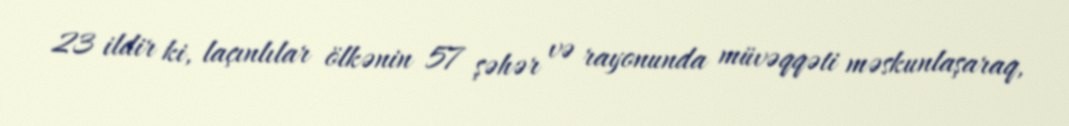
23 ildir ki, laçınlılar ölkənin 57 şəhər və rayonunda müvəqqəti məskunlaşaraq,